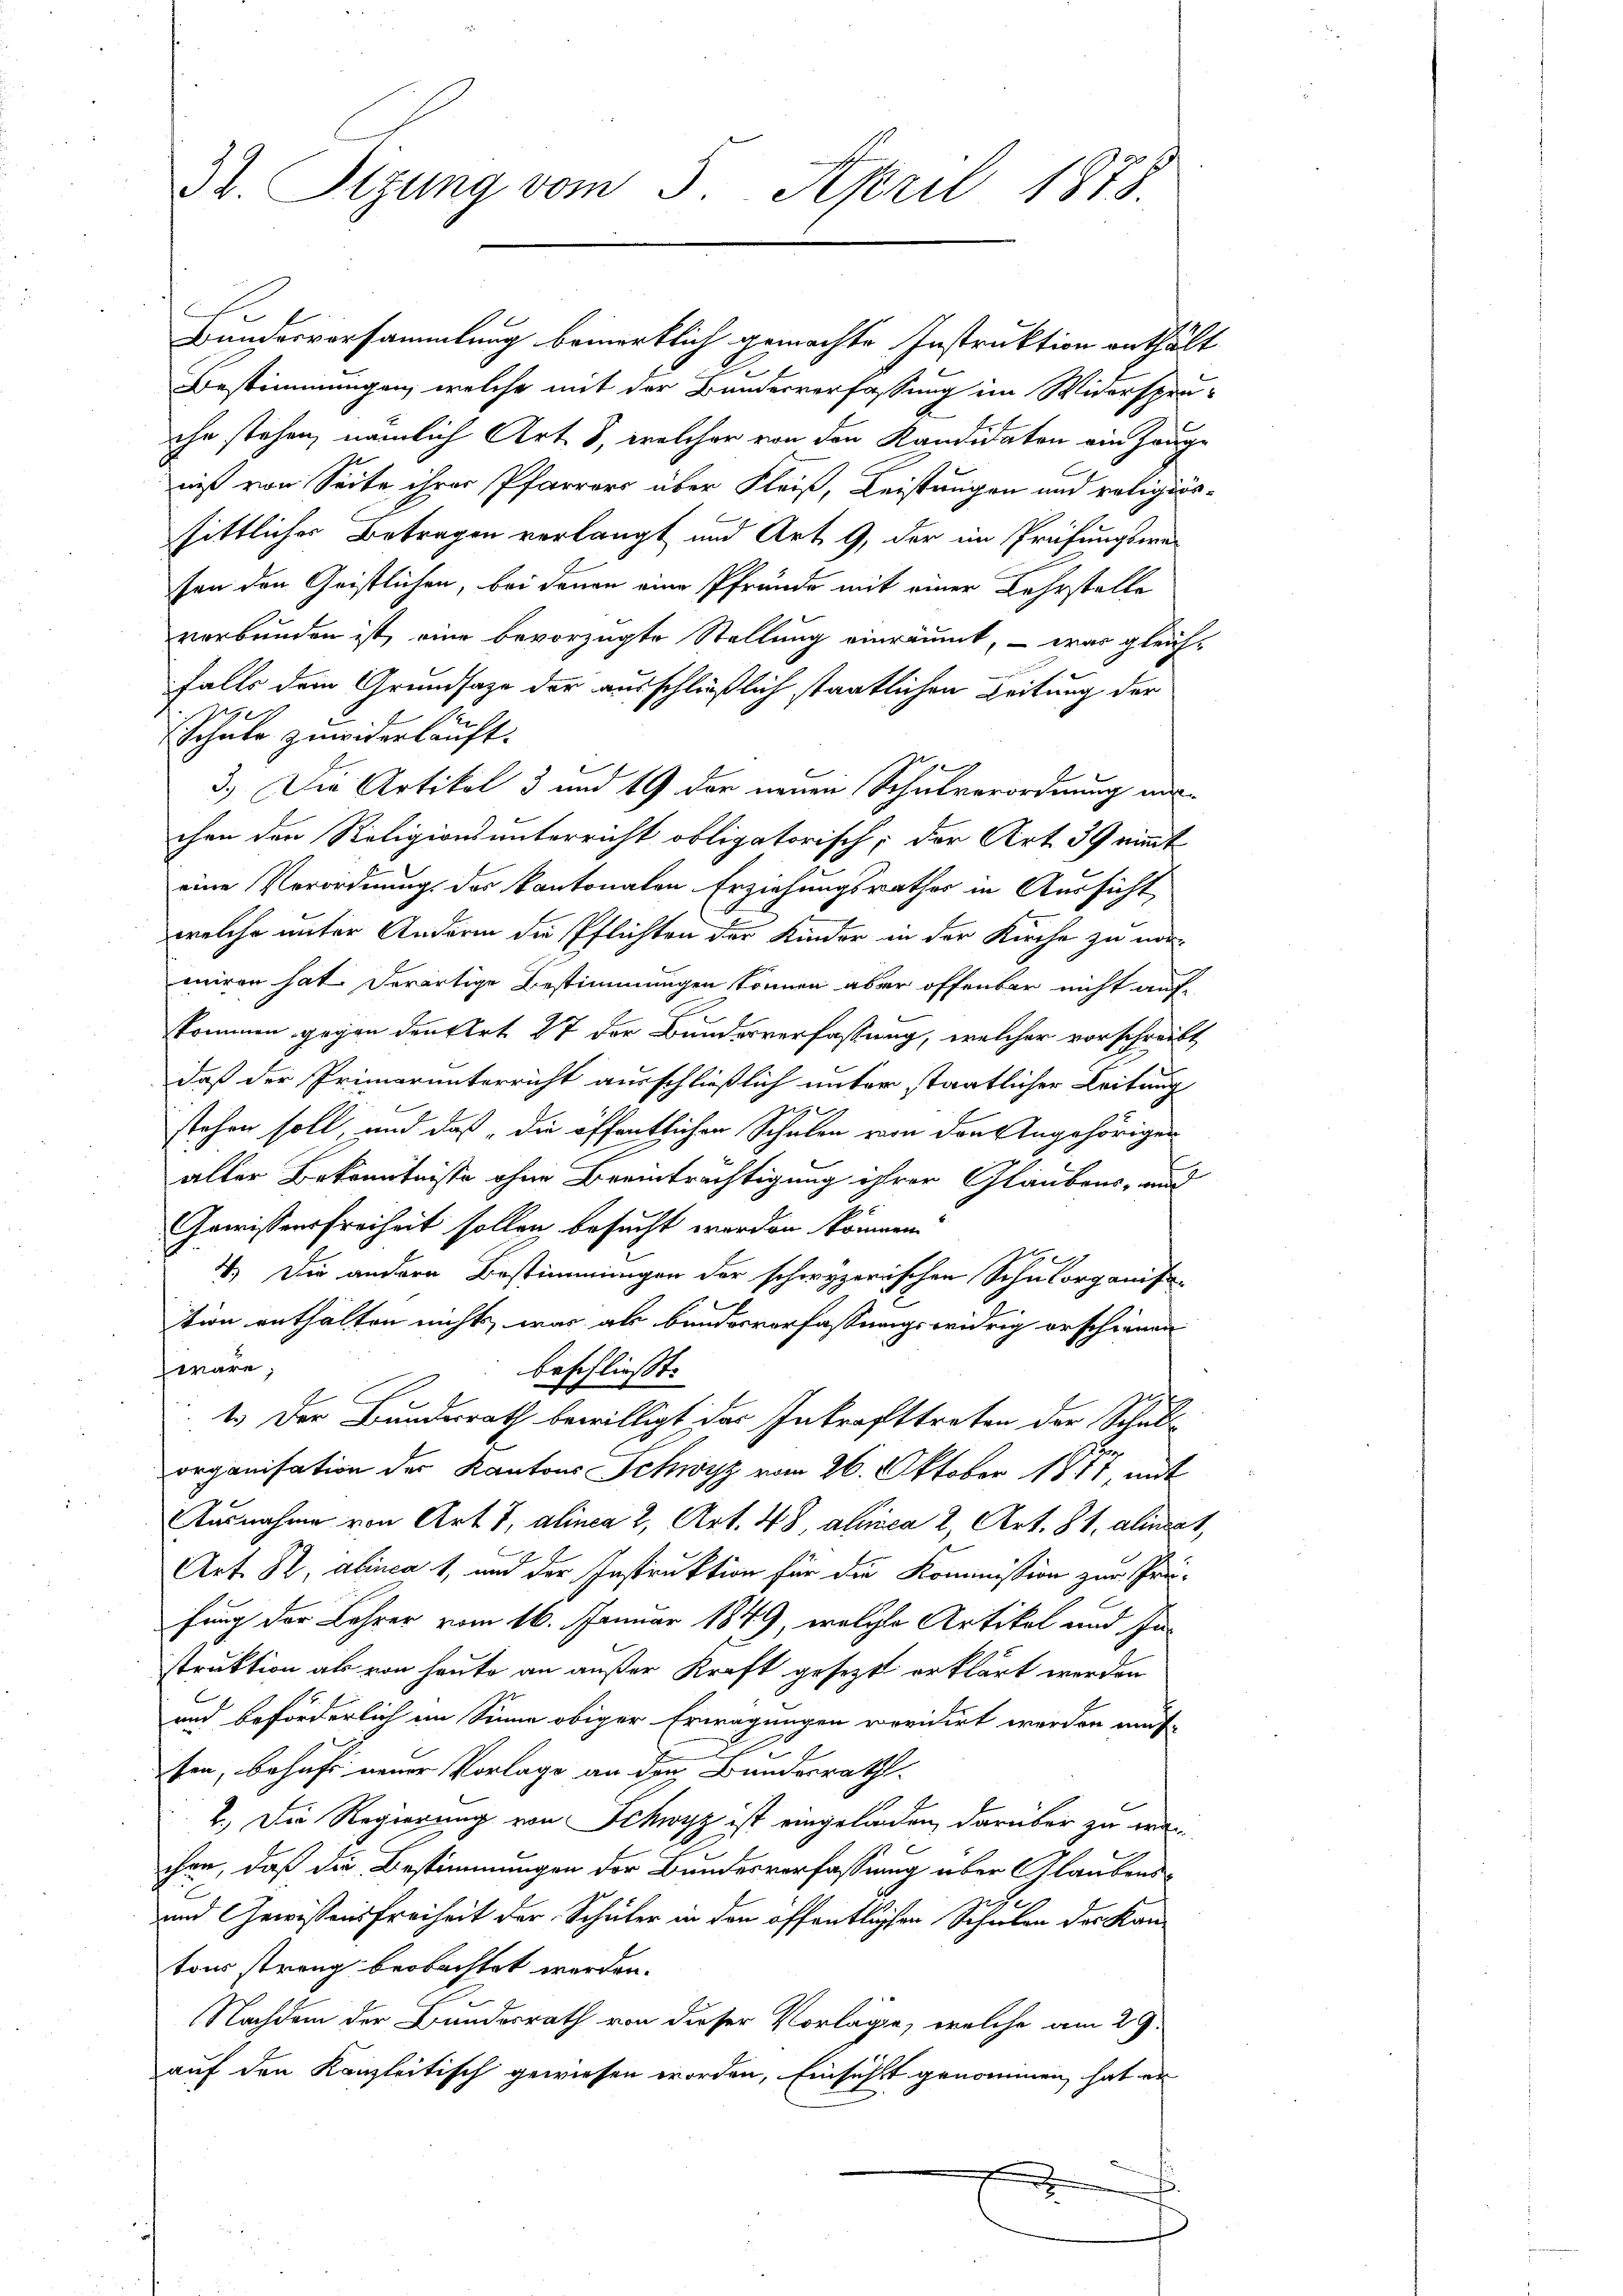
3t. Sizung vom 5. April 1878.

Hundesversammlung bemerklich gemachte Instruktion enthält
Bestimmungen, welche mit der Bundesverfassung im Widerspru-
che stehen, nämlich Art. 8, welcher von den Kandidaten ein Zeuge
niß von Seite ihrer Pfarrers über Fleiß, Leistungen und religiössittlicher Betragen verlangt und Art. 9, der im Prüfungsweten den Geistlichen, bei denen eine Pfründe mit einer Lehrstelle
verbunden ist, eine bevorzugte Stellung einräumt, – war gleich-
falls dem Grundsaze der ausschließlich staatlichen Leitung der
2
Schule zuwiderkauft.
3.) Die Artikel 3 und 19 der neuen Schulverordnung an
chen den Religionsunterricht obligatorisch; der Art. 39 nimmt
eine Verordnung des kantonalen Erziehungsrathes in Aussicht
welche unter Anderm die Pflichten der Kinder in der Kirche zu noroniren hat. Derartige Bestimmungen können aber offenbar nicht auf
kommen gegen denkert 27 der Bundesverfassung, welcher vorschreibt
daß der Primarunterricht ausschließlich unter staatlicher Leitung
f
stehen soll, und daß die öffentlichen Schulen von den Angehörigen
aller Bekanntnisse ohne Beeinträchtigung ihrer Glaubens- und
Gewissensfreiheit sollen besucht worden können.
e
4.) Die andere Bestimmungen der schwyzerischen Schulorganis-
tion enthalten nicht, was als bundesverfassungswidrig erschienen
wäre
beschließt:
1. Der Bunderath bewilligt das Inkrafttreten der Schulorganisation der Kantons Schwyz vom 26. Oktober 1877, mit
Ausnahme von Art. 7, alinea 2, Art. 48, alica 2, Art. 81, alineat,
Art. R. alinea 1, und der Instruktion für die Kommission zur Prü-
fung der Lehrer vom 16. Januar 1849, welche Artikel und Instruktion als von heute an außer Kraft gesezt erklärt werden
und beförderlich im Sinne obiger Erwägungen revidirt werden müs-
sen, behufs neuer Vorlage an den Bundesrath.
2.) Die Regierung von Schwyz ist eingeladen, darüber zu werchen, daß die Bestimmungen der Bundesverfassung über Glaubens¬
E
und Gewissensfreiheit der Schüler in den öffentlichen Schulen der Kan-
tons streng beobachtet werden.
Nachdem der Bundesrath von dieser Vorläge, welche am 29.
auf den Kanzleitisch gewiesen worden, Einsicht genommen, hat er